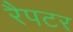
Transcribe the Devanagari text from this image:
रैपटर